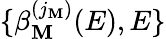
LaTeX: \{ \beta_{\mathbf{M}}^{(j_{\mathbf{M}})}(E),E\}